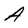
Character: A